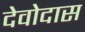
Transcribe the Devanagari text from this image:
देवोदास